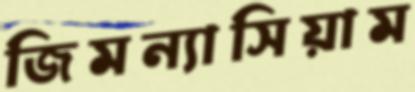
জিমন্যাসিয়াম